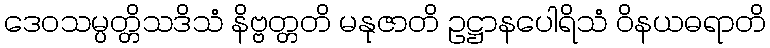
ဒေဝသမ္ပတ္တိသဒိသံ နိဗ္ဗတ္တတိ မနုဇာတိ ဥဋ္ဌာနပေါရိသံ ဝိနယဓရာတိ